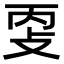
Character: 㪅